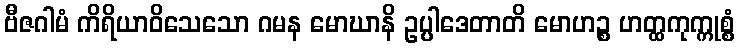
ဗီဇဂါမံ ကိရိယာဝိသေသော ဂမန မောဃာနိ ဥပ္ပါဒေတာတိ မောဟဉ္စ ဟတ္ထကုက္ကုစ္စံ